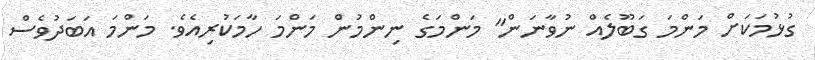
ގުޅުމަކަށް މަންމަ ގަބޫލެއް ނުވާނަން" މަންމަގެ ނިންމުން މަންމަ ހާމަކުރިއެވެ. މަންމަ އަބަދުވެސް